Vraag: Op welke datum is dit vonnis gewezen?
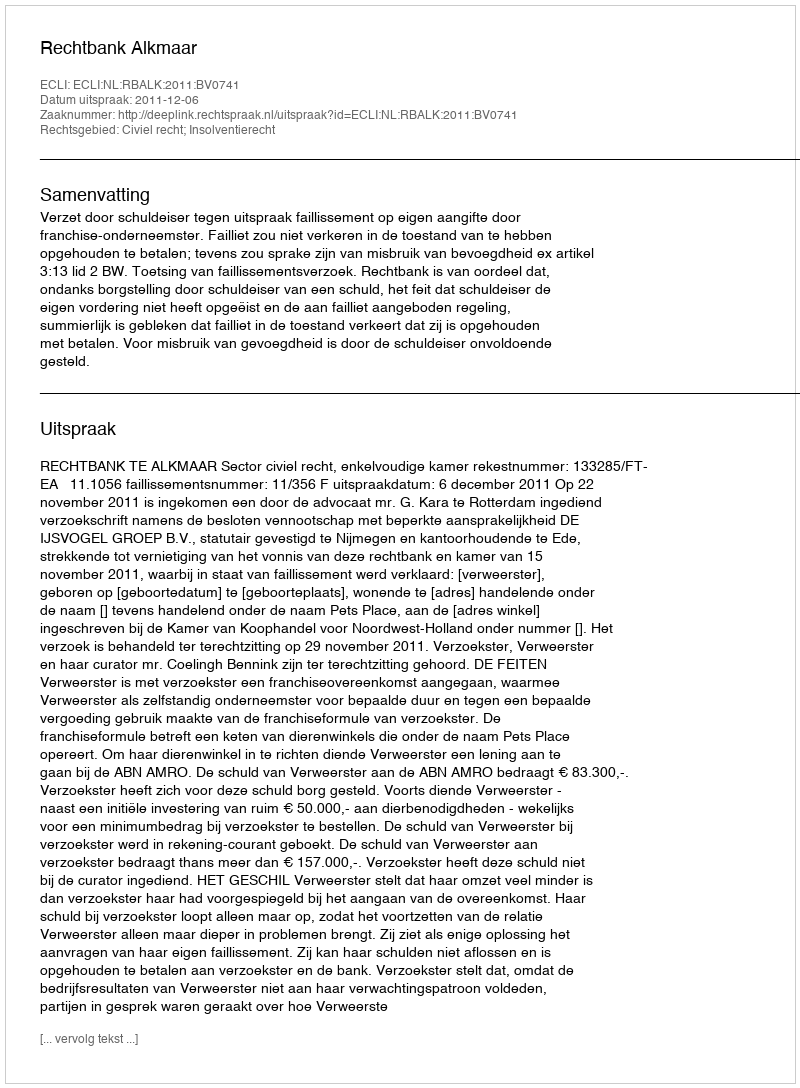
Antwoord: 2011-12-06